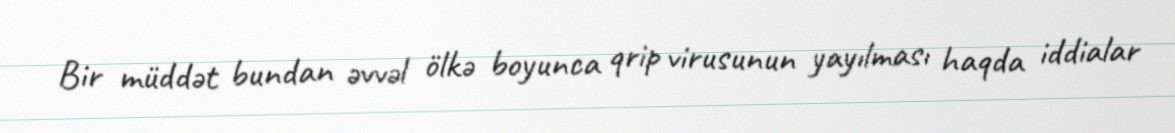
Bir müddət bundan əvvəl ölkə boyunca qrip virusunun yayılması haqda iddialar